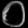
Digit: ၀